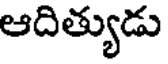
ఆదిత్యుడు